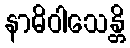
နာဓိဝါသေန္တိ